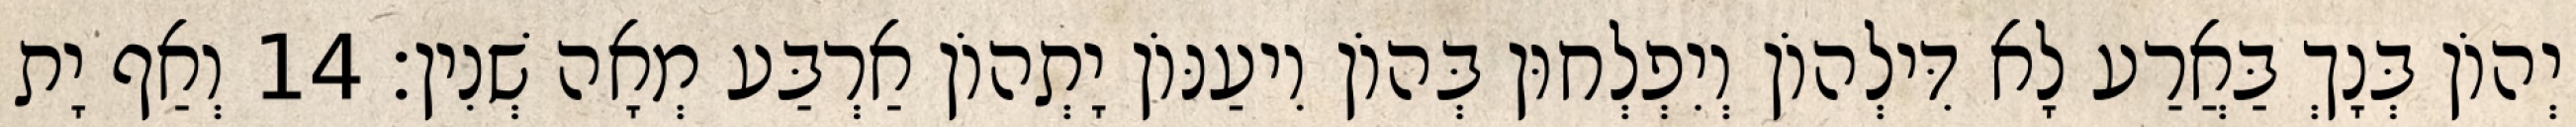
יְהוֹן בְּנָךְ בַּאֲרַע לָא דִּילְהוֹן וְיִפְלְחוּן בְּהוֹן וִיעַנּוֹן יָתְהוֹן אַרְבַּע מְאָה שְׁנִין׃ 14 וְאַף יָת